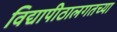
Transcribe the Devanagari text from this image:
विद्यापीठालगतच्या